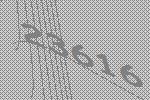
23616